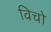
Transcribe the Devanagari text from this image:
विचो